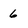
Character: 6